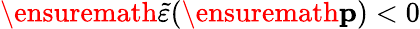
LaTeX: \ensuremath{\widetilde{\varepsilon}}(\ensuremath{\mathbf{p}})<0